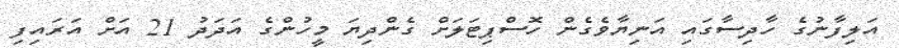
އަލިފާނުގެ ހާދިސާގައި އަނިޔާވެގެން ހޮސްޕިޓަލަށް ގެންދިޔަ މީހުންގެ އަދަދު 21 އަށް އަރައިފި